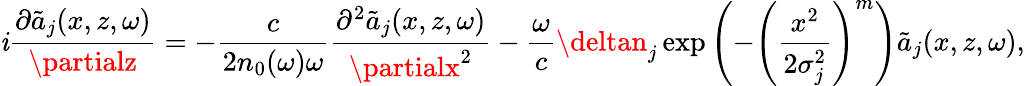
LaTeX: \mathit{i}\frac{{\partial\tilde{{a}}_{j}(x,z,\omega)}}{{\partialz}}=-\frac{{c}}{{2n_{0}(\omega)\omega}}\frac{{\partial^{2}\tilde{{a}}_{j}(x,z,\omega)}}{{\partialx^{2}}}-\frac{{\omega}}{{c}}\deltan_{j}\exp\left(-\left(\frac{{x^{2}}}{{2\sigma_{j}^{2}}}\right)^{m}\right)\tilde{{a}}_{j}(x,z,\omega),